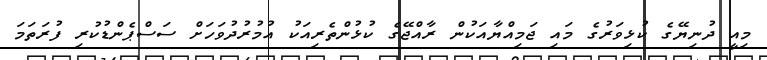
މިއީ ދުނިޔޭގެ ކުޅިވަރުގެ މައި ޖަމިއްޔާއަކުން ރާއްޖޭގެ ކުޅުންތެރިއަކު އުމުރުދުވަހަށް ސަސްޕެންޑުކުރި ފުރަތަމަ